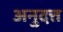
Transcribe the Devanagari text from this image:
अनुदत्त